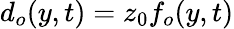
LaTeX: d_{o}(y,t)=z_{0}f_{o}(y,t)